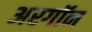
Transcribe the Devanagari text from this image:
अरगॉन